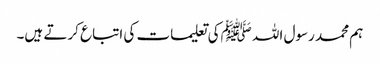
ہم محمد رسول اللہ ﷺکی تعلیمات کی اتباع کرتے ہیں۔